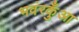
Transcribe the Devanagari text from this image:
भवंरकुँआ